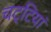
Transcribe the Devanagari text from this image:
चट्टियां